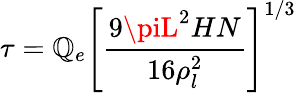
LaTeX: \tau=\mathbb{Q}_{e}\left[{\frac{{9\piL^{2}HN}}{{16\rho_{l}^{2}}}}\right]^{1/3}